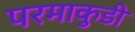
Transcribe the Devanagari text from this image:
परमाकुडी